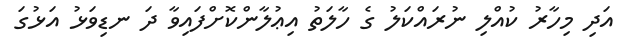
އަދި މިހާރު ކުއްލި ނުރައްކަލު ގެ ހާލަތު އިޢުލާންކޮށްފައިވާ ދަ ނޑިވަޅު އަޅުގަ